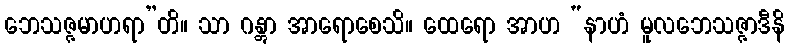
ဘေသဇ္ဇမာဟရာ”တိ။ သာ ဂန္တွာ အာရောစေသိ။ ထေရော အာဟ “နာဟံ မူလဘေသဇ္ဇာဒီနိ